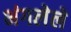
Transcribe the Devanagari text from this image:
भंगलेले